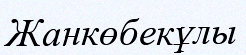
Жанкөбекұлы